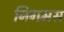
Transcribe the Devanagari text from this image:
निगमस